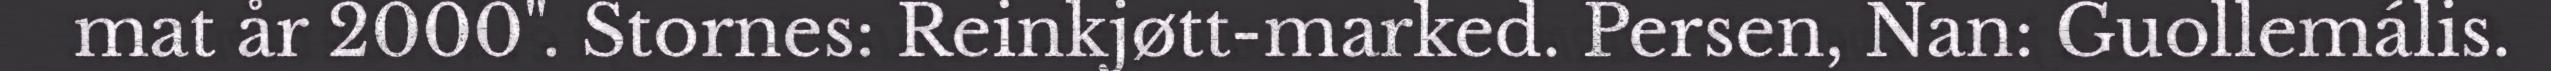
mat år 2000". Stornes: Reinkjøtt-marked. Persen, Nan: Guollemális.